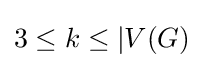
3\leq k\leq |V(G)